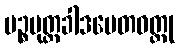
ပဉ္စပုတ္တခါဒပေတဝတ္ထု